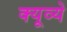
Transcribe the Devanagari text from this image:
क्यूव्ये